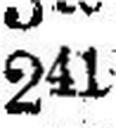
241